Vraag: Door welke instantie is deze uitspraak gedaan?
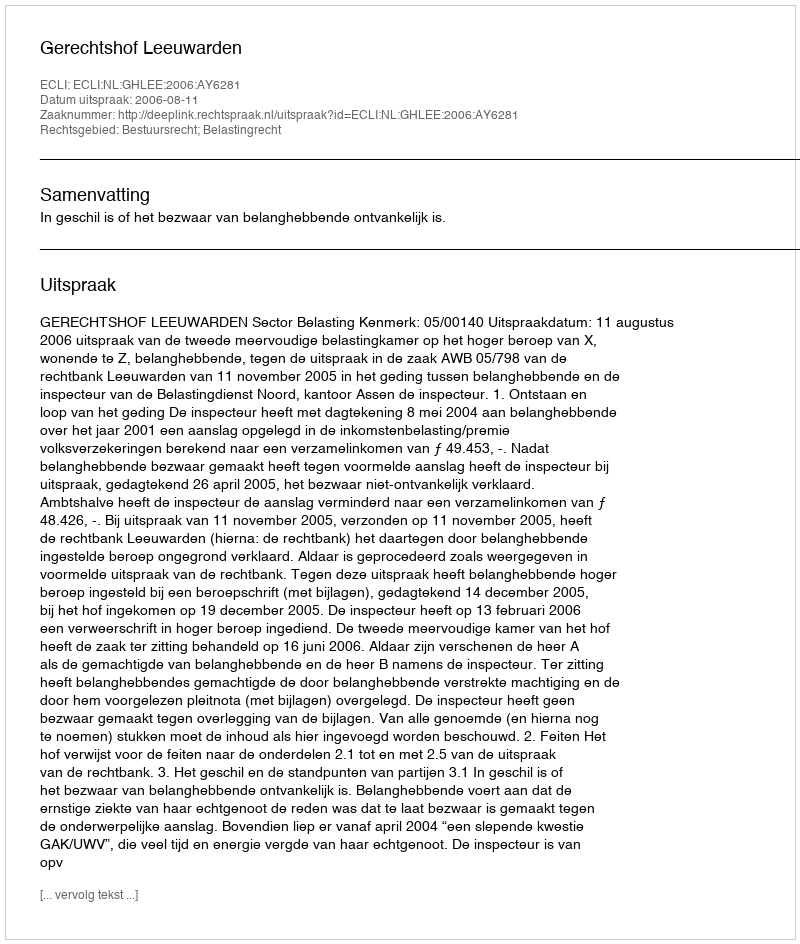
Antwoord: Gerechtshof Leeuwarden